Civil Veterinary Dept. Bombay admin report 1923-31 - 1923-1931
Year: 1923
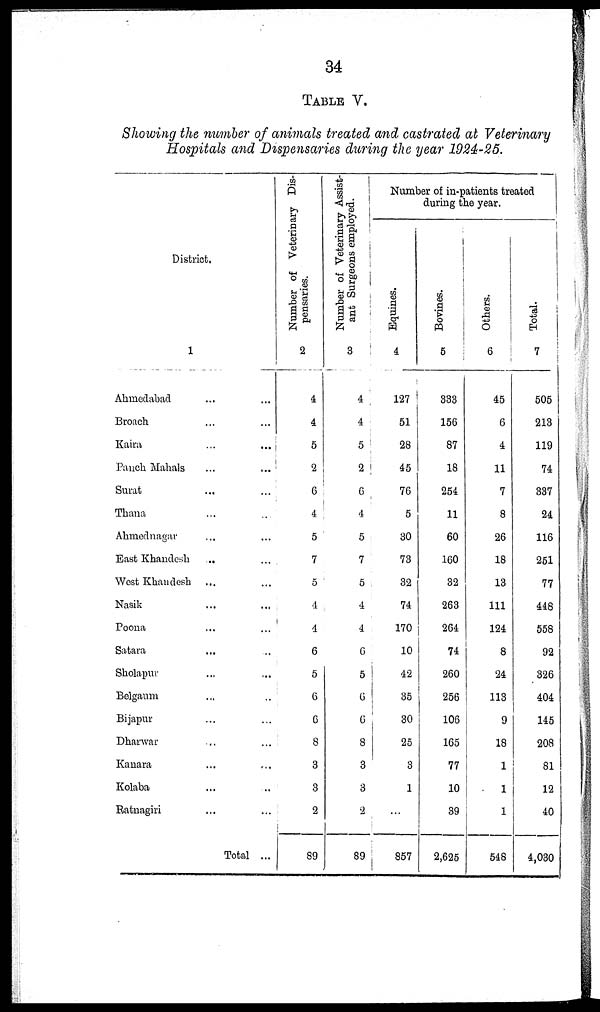
34
TABLE V.
Showing the number of animals treated and castrated at Veterinary
Hospitals and Dispensaries during the year 1924-25.
District.
1
Ahmedabad ... ... ...
Broach ... ...
Kaira ... ...
Panch Mahals ... ...
Surat ... ...
Thana ... ...
Ahmednagar ... ...
East Khandesh
... ...
West Khandesh ... ...
Nasik ... ...
Poona ... ...
Satara ... ...
Sholapur ... ...
Belgaum ... ...
Bijapur ... ...
Dharwar ... ...
Kanara ... ...
Kolaba ... ...
Ratnagiri ... ...
Total ...
Number of Veterinary Dis-
pensaries.
2
4
4
5
2
6
4
5
7
5
4
4
6
5
6
6
8
3
3
2
89
Number of Veterinary Assist-
ant Surgeons employed.
3
4
4
5
2
6
4
5
7
5
4
4
6
5
6
6
8
3
3
2
89
Number of in-patients treated
during the year.
Equines.
4
127
51
28
45
76
5
30
73
32
74
170
10
42
35
30
25
3
1
...
857
Bovines.
5
333
156
87
18
254
11
60
160
32
263
264
74
260
256
106
165
77
10
39
2,625
Others.
6
45
6
4
11
7
8
26
18
13
111
124
8
24
113
9
18
1
1
1
548
Total.
7
505
213
119
74
337
24
116
251
77
448
558
92
326
404
145
208
81
12
40
4,030